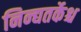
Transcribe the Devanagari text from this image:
निन्द्यतर्केश्च